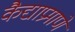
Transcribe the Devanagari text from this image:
कैद्याप्रमाणे